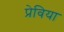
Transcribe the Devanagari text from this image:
प्रेविया